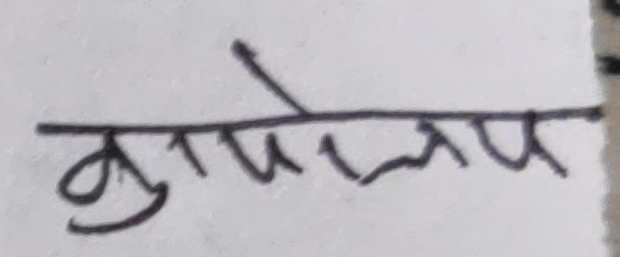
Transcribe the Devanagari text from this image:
कुशलमय